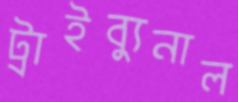
ট্রাইব্যুনাল